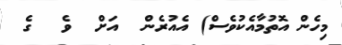
މިހެން އޮތުމާއެކުވެސް) އެއުރެން  އަށް  ވެ  ގެ